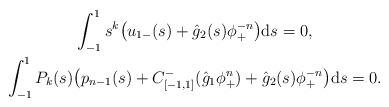
LaTeX: \begin{gather*} \int_{-1}^1 s^k\big(u_{1-}(s) + \hat{g}_2(s)\phi_+^{-n}\big){\rm d}s = 0 , \\ \int_{-1}^1 P_k(s)\big(p_{n-1}(s) + C_{[-1,1]}^-(\hat{g}_1 \phi_+^{n}) + \hat{g}_2(s)\phi_+^{-n}\big){\rm d}s = 0. \end{gather*}